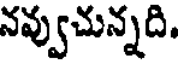
నవ్వుచున్నది.